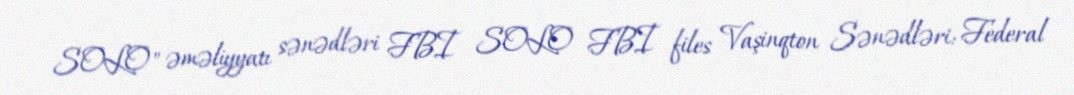
SOLO" əməliyyatı sənədləri FBI SOLO FBI files Vaşinqton Sənədləri: Federal